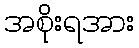
အစိုးရအား